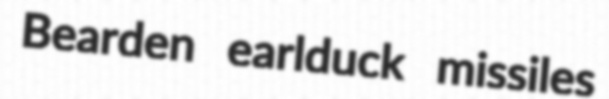
Bearden earlduck missiles